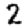
Digit: 2